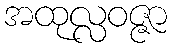
အထုလ္လဝဇ္ဇာ